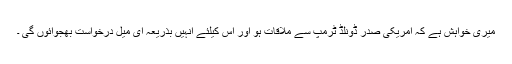
میری خواہش ہے کہ امریکی صدر ڈونلڈ ٹرمپ سے ملاقات ہو اور اس کیلئے انہیں بذریعہ ای میل درخواست بھجوائوں گی ۔